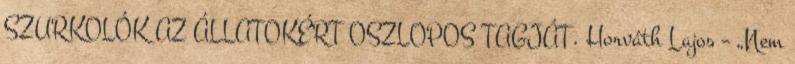
SZURKOLÓK AZ ÁLLATOKÉRT OSZLOPOS TAGJÁT. Horváth Lajos – „Nem